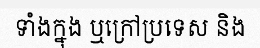
ទាំងក្នុង ឬក្រៅប្រទេស និង